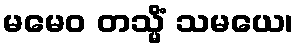
မမေဝ တသ္မိံ သမယေ၊